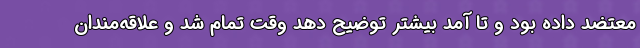
معتضد داده بود و تا آمد بیشتر توضیح دهد وقت تمام شد و علاقه‌مندان